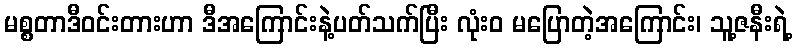
မစ္စတာဒီဝင်းတားဟာ ဒီအကြောင်းနဲ့ပတ်သက်ပြီး လုံးဝ မပြောတဲ့အကြောင်း၊ သူ့ဇနီးရဲ့